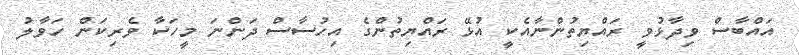
އައްބާސް ވިދާޅުވީ ރައްޔިތުންނާއެކީ އުޅޭ ރައްޔިތުންގެ އިހުސާސް ދަންނަ މީހަކާ ވެރިކަން ހަވާލު